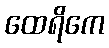
ထေရိကေ